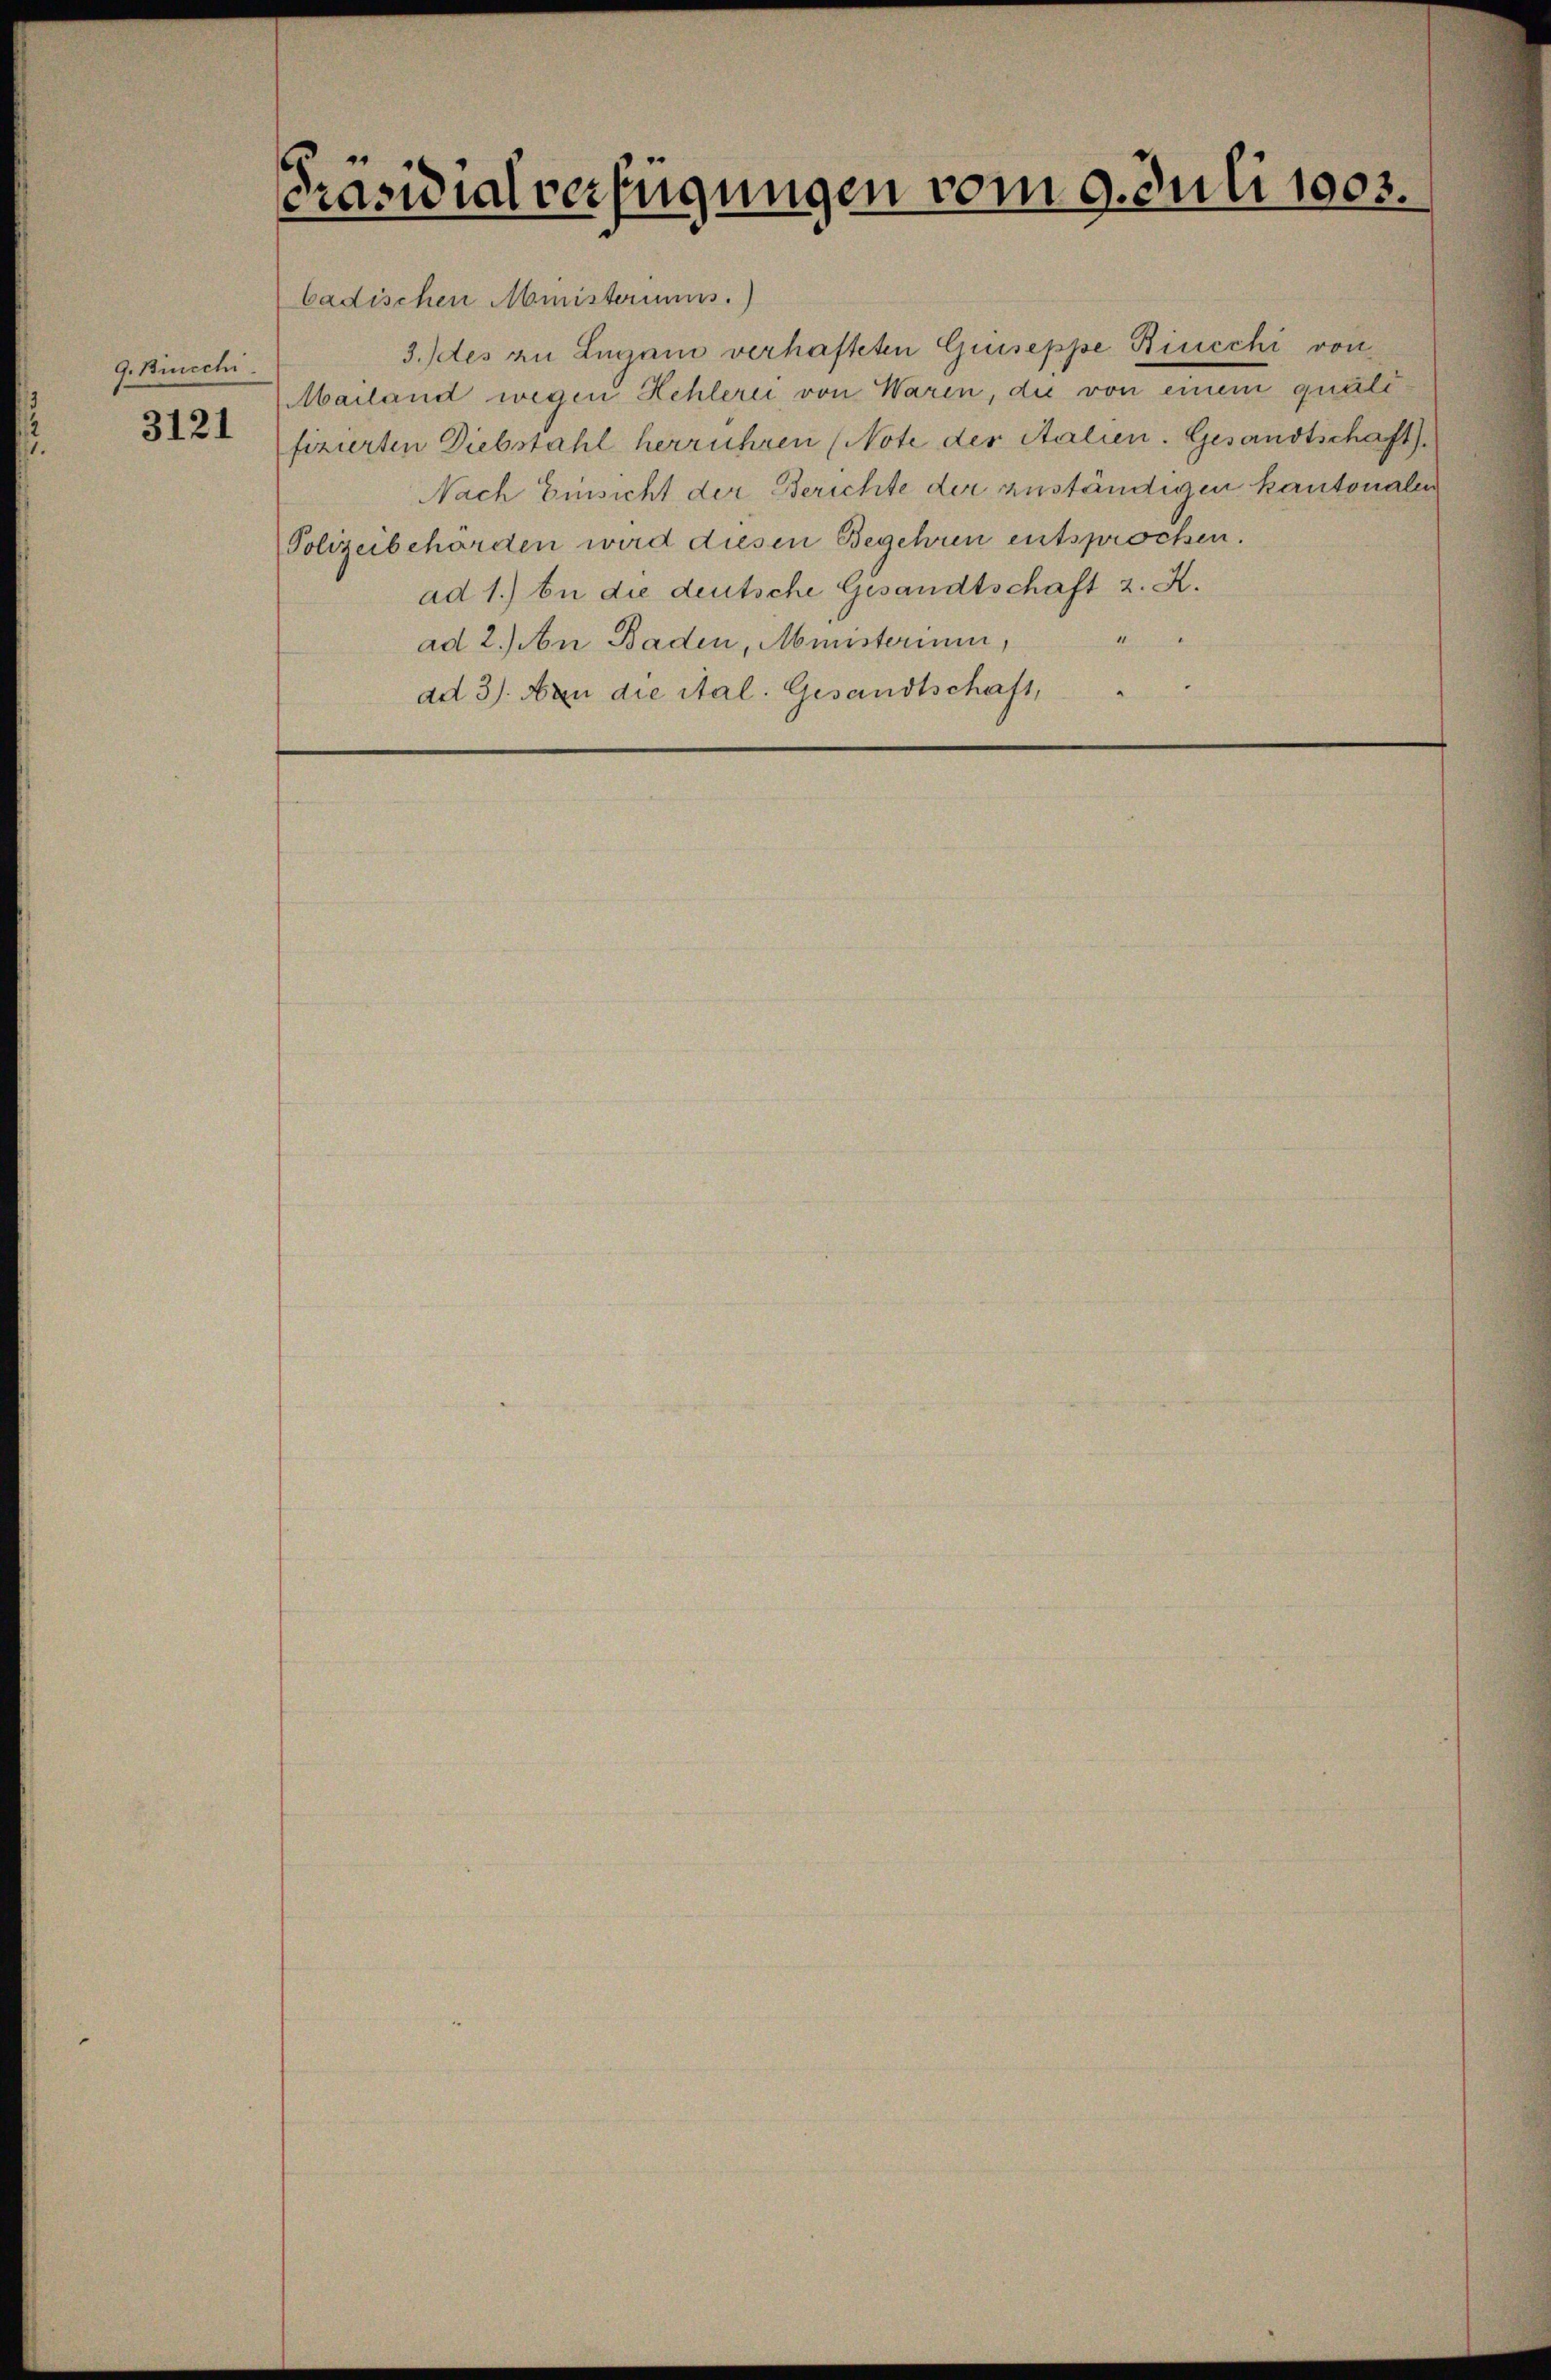
G. Bincchi

3121

Präsidialverfügungen vom 9. Juli 1903.

badischen Ministeriums.
3. des zu Lugano verhafteten Griseppe Bincchi von
Mailand wegen Hehlerei von Waren, die von einem qualifizierten Diebstahl herrühren (Note der Stalien. Gesandtschaft
Nach Einsicht der Berichte der zuständigen kantonalen
Polizeibehörden wird diesen Begehren entsprochen.
ad 1.) In die deutsche Gesandtschaft z. K.
ad 2.) An Baden, Ministerium,
ad 3). An die ital. Gesandtschaft,